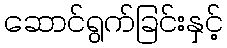
ဆောင်ရွက်ခြင်းနှင့်